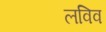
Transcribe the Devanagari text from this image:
लविव